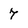
Character: 7